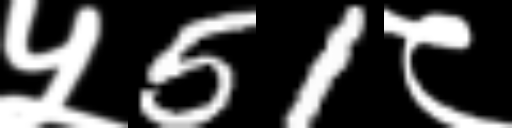
Text: ५51८